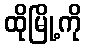
ထိုမြို့ကို